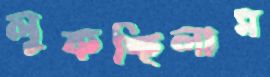
লুকচ্ছিলাম